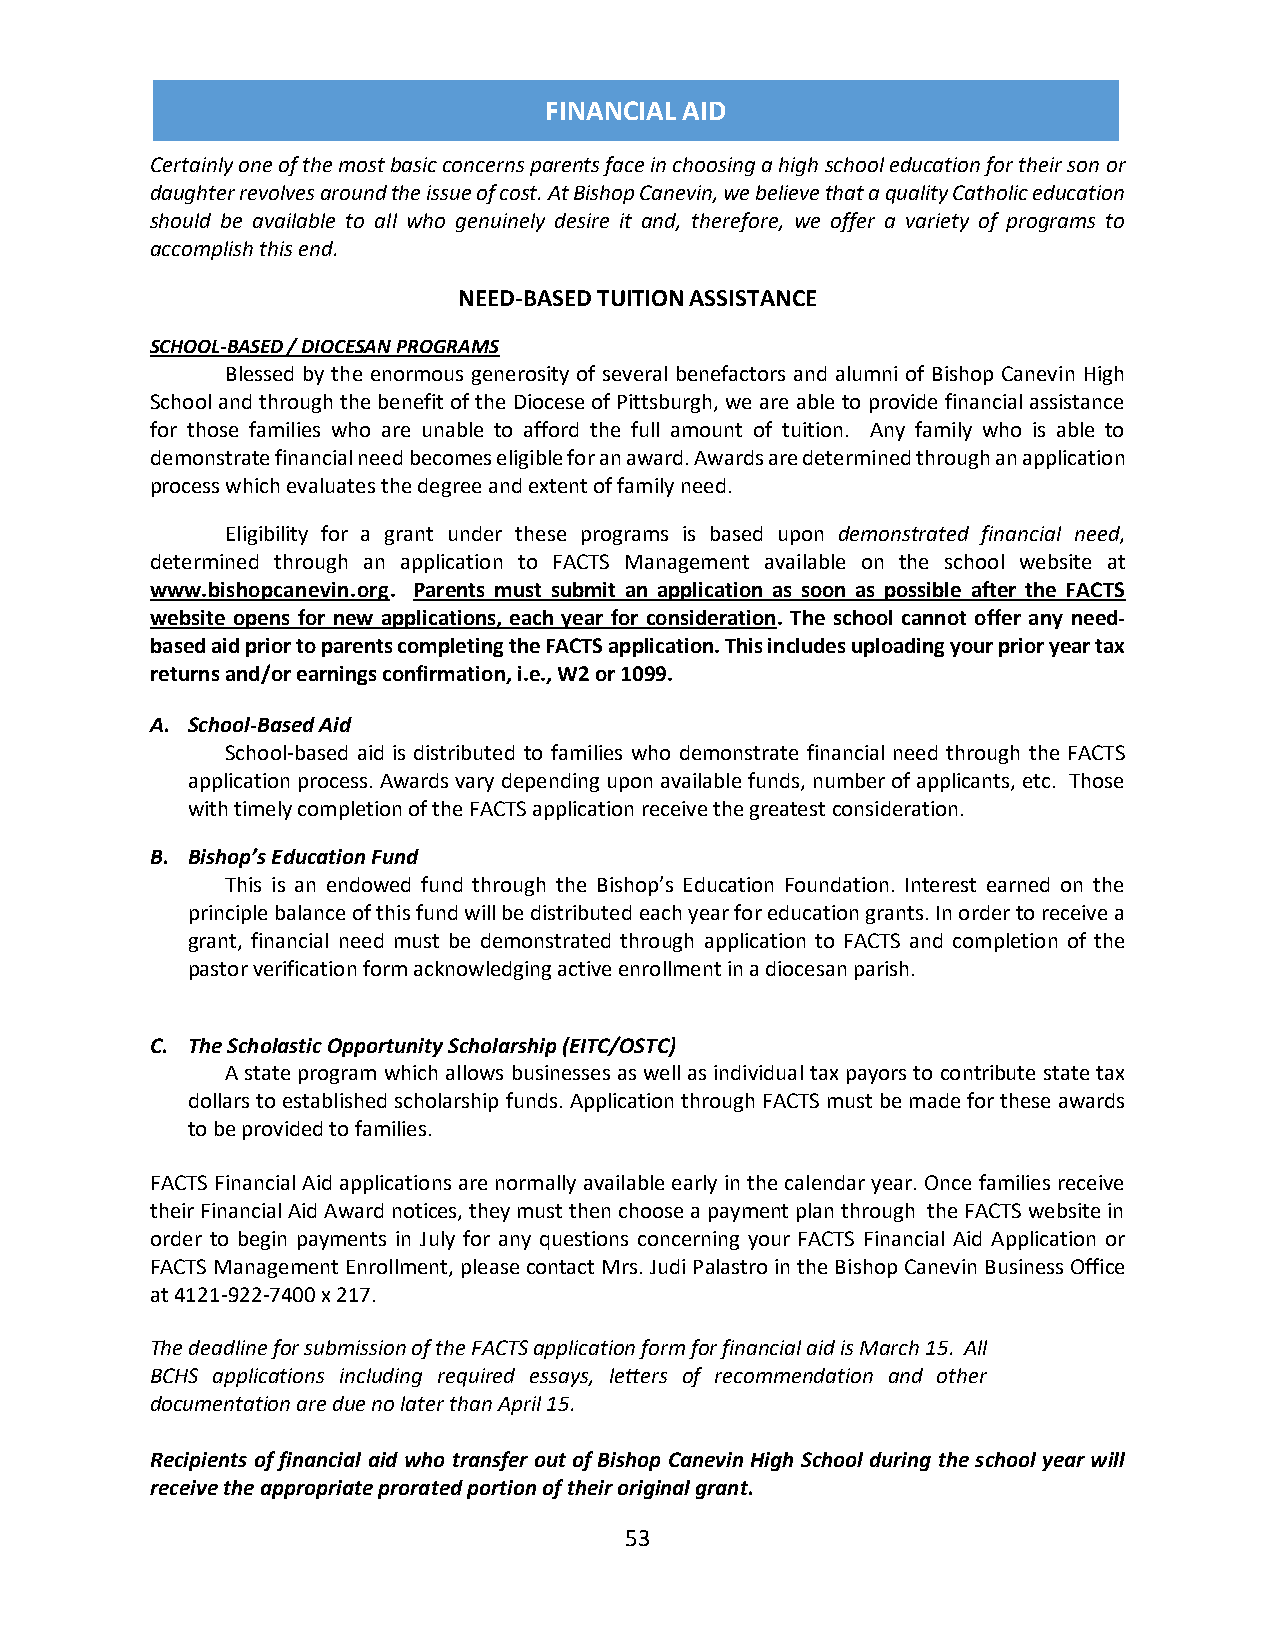
FINANCIAL AID
 Certainly one of the most basic concerns parents face in choosing a high school education for their son or
 daughter revolves around the issue of cost. At Bishop Canevin, we believe that a quality Catholic education
 should be available to all who genuinely desire it and, therefore, we offer a variety of programs to
 accomplish this end.
 NEED-BASED TUITION ASSISTANCE
 SCHOOL-BASED / DIOCESAN PROGRAMS
 Blessed by the enormous generosity of several benefactors and alumni of Bishop Canevin High
 School and through the benefit of the Diocese of Pittsburgh, we are able to provide financial assistance
 for those families who are unable to afford the full amount of tuition. Any family who is able to
 demonstrate financial need becomes eligible for an award. Awards are determined through an application
 process which evaluates the degree and extent of family need.
 Eligibility for a grant under these programs is based upon demonstrated financial need,
 determined through an application to FACTS Management available on the school website at
 www.bishopcanevin.org. Parents must submit an application as soon as possible after the FACTS
 website opens for new applications, each year for consideration. The school cannot offer any need-
 based aid prior to parents completing the FACTS application. This includes uploading your prior year tax
 returns and/or earnings confirmation, i.e., W2 or 1099.
 A. School-Based Aid
 School-based aid is distributed to families who demonstrate financial need through the FACTS
 application process. Awards vary depending upon available funds, number of applicants, etc. Those
 with timely completion of the FACTS application receive the greatest consideration.
 B. Bishop’s Education Fund
 This is an endowed fund through the Bishop’s Education Foundation. Interest earned on the
 principle balance of this fund will be distributed each year for education grants. In order to receive a
 grant, financial need must be demonstrated through application to FACTS and completion of the
 pastor verification form acknowledging active enrollment in a diocesan parish.
 C. The Scholastic Opportunity Scholarship (EITC/OSTC)
 A state program which allows businesses as well as individual tax payors to contribute state tax
 dollars to established scholarship funds. Application through FACTS must be made for these awards
 to be provided to families.
 FACTS Financial Aid applications are normally available early in the calendar year. Once families receive
 their Financial Aid Award notices, they must then choose a payment plan through the FACTS website in
 order to begin payments in July for any questions concerning your FACTS Financial Aid Application or
 FACTS Management Enrollment, please contact Mrs. Judi Palastro in the Bishop Canevin Business Office
 at 4121-922-7400 x 217.
 The deadline for submission of the FACTS application form for financial aid is March 15. All
 BCHS applications including required essays, letters of recommendation and other
 documentation are due no later than April 15.
 Recipients of financial aid who transfer out of Bishop Canevin High School during the school year will
 receive the appropriate prorated portion of their original grant.
 53